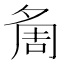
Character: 𭐷